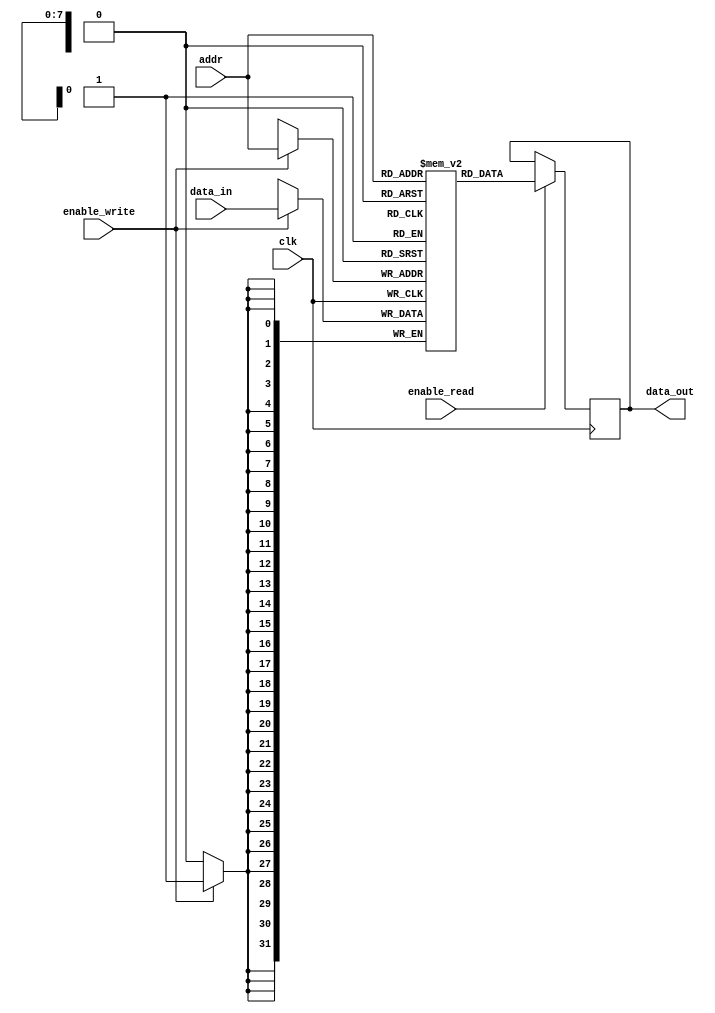
module single_port_register_file(
    input wire clk,
    input wire [7:0] addr,
    input wire enable_read,
    input wire enable_write,
    input wire [31:0] data_in,
    output reg [31:0] data_out
);

reg [31:0] registers [0:255];

always @(posedge clk) begin
    if(enable_write) begin
        registers[addr] <= data_in;
    end
    
    if(enable_read) begin
        data_out <= registers[addr];
    end
end

endmodule